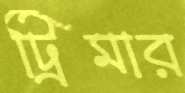
ট্রিমার